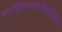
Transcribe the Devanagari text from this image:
बनविण्याकरितादेखील